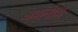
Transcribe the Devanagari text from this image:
अणेंनीच